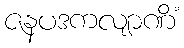
ဇနပဒကလျာဏိံ